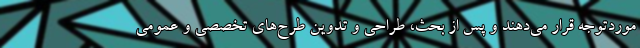
موردتوجه قرار می‌دهند و پس از بحث، طراحی و تدوین طرح‌های تخصصی و عمومی